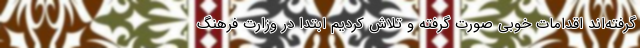
گرفته‌اند اقدامات خوبی صورت گرفته و تلاش کردیم ابتدا در وزارت فرهنگ